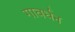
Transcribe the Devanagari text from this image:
गावर्धन